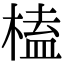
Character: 榼